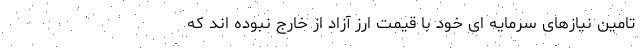
تامین نیازهای سرمایه ای خود با قیمت ارز آزاد از خارج نبوده اند که